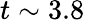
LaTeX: t\sim 3.8